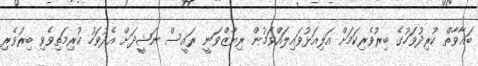
ބަޣާވާތް ކުރިދުވަހުގެ ބިރުވެރިކަމަށް އަލިއަޅުވައިލައްވަމުން ރިޔާޒްވަނީ ރައީސް ނަޝީދަށް އެދުވަހު ކުރިމަތިވެވި ބިރުވެރި